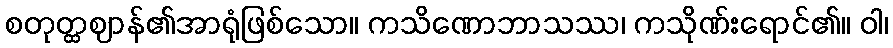
စတုတ္ထဈာန်၏အာရုံဖြစ်သော။ ကသိဏောဘာသဿ၊ ကသိုဏ်းရောင်၏။ ဝါ၊